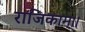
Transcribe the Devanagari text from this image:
राजिकाम्।।